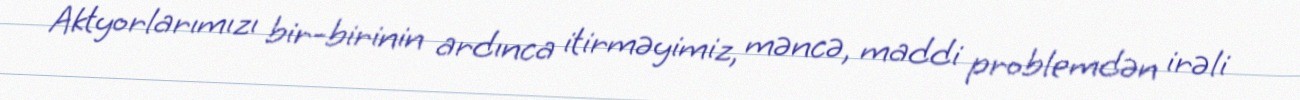
Aktyorlarımızı bir-birinin ardınca itirməyimiz, məncə, maddi problemdən irəli